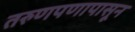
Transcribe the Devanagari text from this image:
तरुणपणापासून